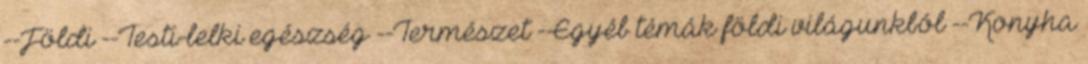
--Földi --Testi-lelki egészség --Természet --Egyéb témák földi világunkból --Konyha